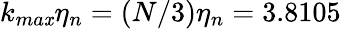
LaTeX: k_{ma\mathit{x}}\eta_{n}=(N/3)\eta_{n}=3.8105